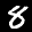
Label: 8